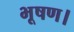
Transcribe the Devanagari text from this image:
भूषण।